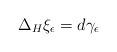
LaTeX: \begin{align*}\Delta_H\xi_{\epsilon}=d\gamma_{\epsilon}\end{align*}